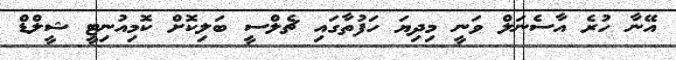
އޭނާ ހުރެ އާސެނަލް ވަނީ މިދިޔަ ހަފުތާގައި ޗެލްސީ ބަލިކޮށް ކޮމިއުނިޓީ ޝީލްޑް